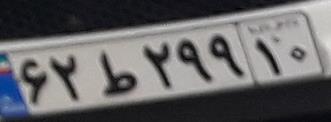
۶۲ط۲۹۹۱۰